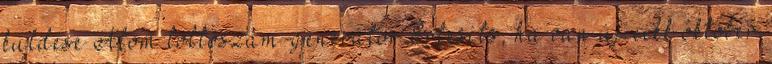
küldése Atom lottószám-generátor Értesíts, ha van új cikk október